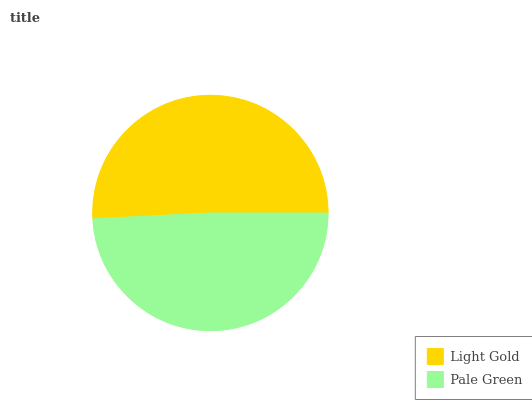
| Light Gold | Pale Green |
 | --- | --- |
 | 50.8% | 49.2% |